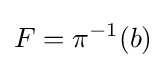
F=\pi ^{-1}(b)